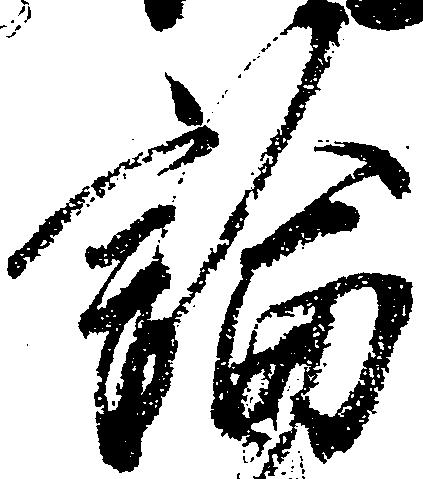
論